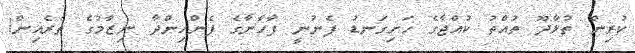
ކުރިން ތުޅާދޫ ތުއްތު ކުއްޖާގެ ހަށިގަނޑު ފެނުނީ ފާހާނާގެ ފެންހިންދާ ނިޒާމުގެ ތެރެއިން!